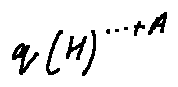
q ( H ) ^ { \cdots + A }